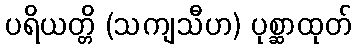
ပရိယတ္တိ (သကျသီဟ) ပုစ္ဆာထုတ်